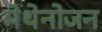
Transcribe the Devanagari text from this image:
मेथेनोजन